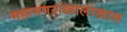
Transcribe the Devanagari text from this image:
महानगरांखालोखाल